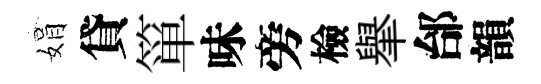
娟貸箪味旁檢𦦙邰韻